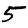
Digit: 5